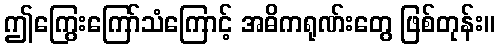
ဤကြွေးကြော်သံကြောင့် အဓိကရုဏ်းတွေ ဖြစ်တုန်း။